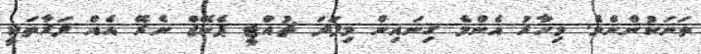
ތަނަކުންނެވެ. މިހާރު އެންމެ ގިނައިން މިފަދަ ޗުއްޓީ ޕެކޭޖް ނެރޭ އެއް ފަރާތަކީ